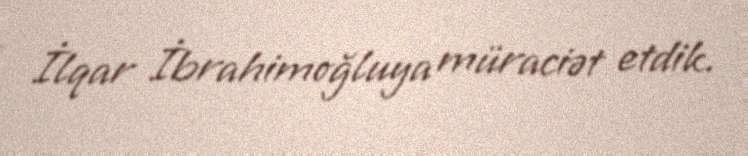
İlqar İbrahimoğluya müraciət etdik.